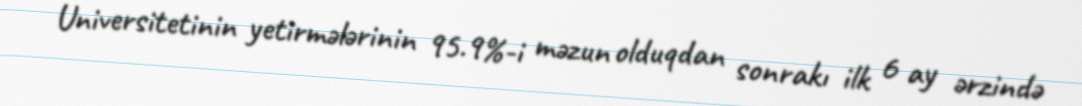
Universitetinin yetirmələrinin 95.9%-i məzun olduqdan sonrakı ilk 6 ay ərzində